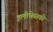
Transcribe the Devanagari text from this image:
इलीचेव्सकी